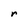
Character: r